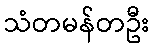
သံတမန်တဦး